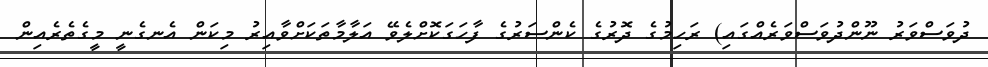
ދުވަސްވަރު ނޫންދުވަސްވަރެއްގައި) ރަހިމުގެ ދޮރުގެ ކެންސަރުގެ ފާހަގަކޮށްލެވޭ އަލާމާތަކަށްވާއިރު މިކަން އެނގެނީ މީގެތެރެއިން